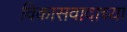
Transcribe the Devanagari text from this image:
विकासवादाच्या